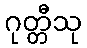
ဂုတ္တီသု